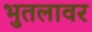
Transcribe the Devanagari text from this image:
भुतलावर